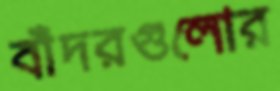
বাঁদরগুলোর